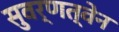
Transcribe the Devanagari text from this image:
सुवर्णत्वेन